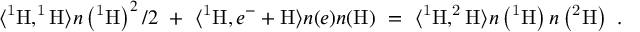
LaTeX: \langle \mathrm { ^ 1 H , ^ { 1 } H } \rangle n \left( \mathrm { ^ 1 H } \right) ^ { 2 } / 2 ~ + ~ \langle \mathrm { ^ 1 H } , e ^ { - } + \mathrm { H } \rangle n ( e ) n ( \mathrm { H } ) ~ = ~ \langle \mathrm { ^ 1 H , ^ { 2 } H } \rangle n \left( \mathrm { ^ 1 H } \right) n \left( \mathrm { ^ 2 H } \right) ~ .